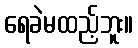
ရေခဲမထည့်ဘူး။